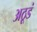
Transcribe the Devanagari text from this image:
अठूडं